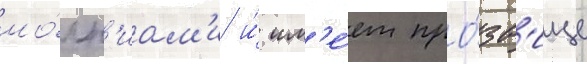
мо́лн'иам'и и́ им'е́ет про́зв'ище